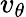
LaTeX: v_{\theta}